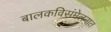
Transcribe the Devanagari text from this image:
बालकविसंमेलनात